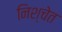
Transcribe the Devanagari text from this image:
निश्चेत